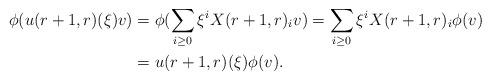
LaTeX: \begin{align*}\phi(u(r+1,r)(\xi)v)&=\phi(\sum_{i\geq 0} \xi^i X(r+1,r)_iv)=\sum_{i\geq 0} \xi^i X(r+1,r)_i \phi(v)\cr&=u(r+1,r)(\xi) \phi(v). \end{align*}